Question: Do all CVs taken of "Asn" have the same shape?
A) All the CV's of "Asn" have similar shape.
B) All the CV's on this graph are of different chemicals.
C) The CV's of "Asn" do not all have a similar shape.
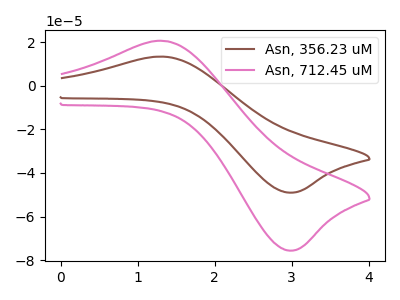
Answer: <think>The brown curve "Asn, 356.23 uM" has an anodic peak at (1.35V, 13.30uA) and a cathodic peak at (3.00V, -49.00uA). The pink curve "Asn, 712.45 uM" has an anodic peak at (1.35V, 20.55uA) and a cathodic peak at (3.00V, -75.60uA).
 All the peaks in "Asn, 356.23 uM" have a peak in "Asn, 712.45 uM" at the same potential. Every peak in "Asn, 356.23 uM" is lower than every peak in "Asn, 712.45 uM".</think>
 <answer>A) All the CV's of "Asn" have similar shape.</answer>
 <eval>A</eval>